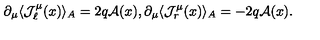
\partial _ { \mu } \langle { \mathcal J } _ { \ell } ^ { \mu } ( x ) \rangle _ { A } = 2 q { \mathcal A } ( x ) , \partial _ { \mu } \langle { \mathcal J } _ { r } ^ { \mu } ( x ) \rangle _ { A } = - 2 q { \mathcal A } ( x ) .